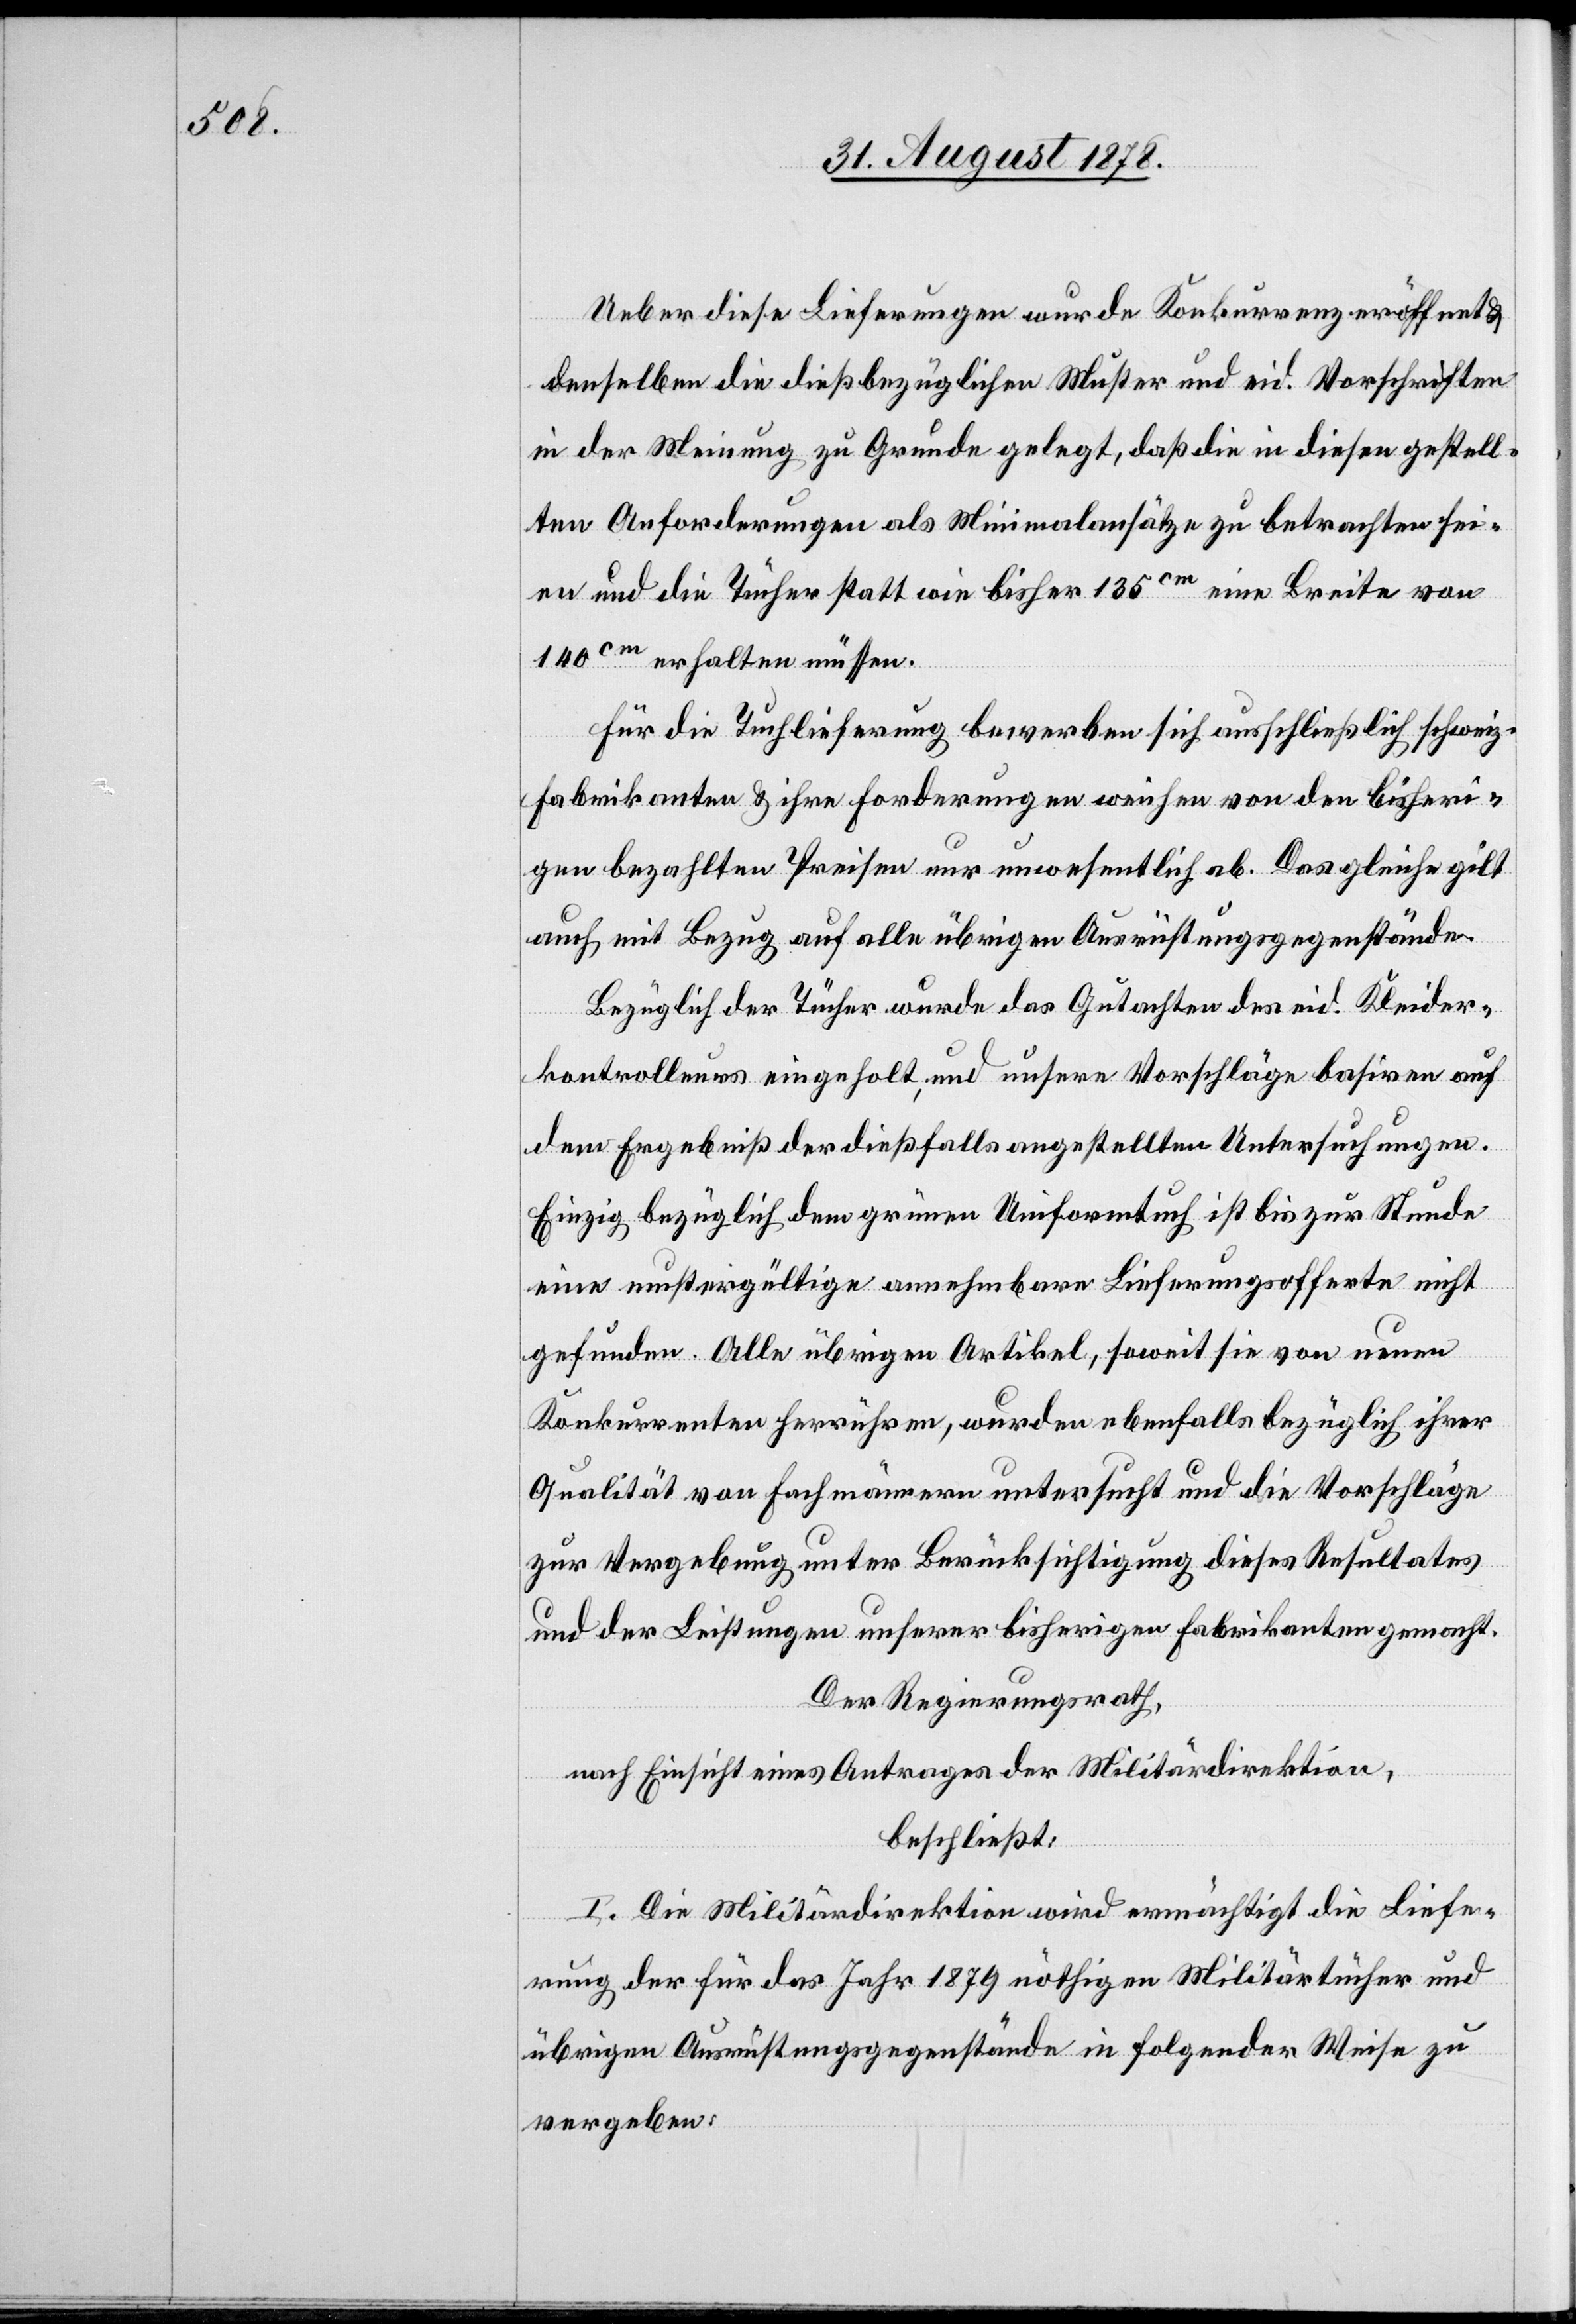
Ueber diese Lieferungen wurde Konkurrenz eröffnet
denselben die dießbezüglichen Muster und eid. Vorschriften
in der Meinung zu Grunde gelegt, daß die in diesen gestell¬
ten Anforderungen als Minimalansätze zu betrachten sei¬
en und die Tücher statt wie bisher 135cm eine Breite von
140cm erhalten müssen.
Für die Tuchlieferung bewerben sich ausschließlich schweiz.
Fabrikanten & ihre Forderungen weichen von den bisheri¬
gen bezahlten Preisen nur unwesentlich ab. Das gleiche gilt
auch, mit Bezug auf alle übrigen Ausrüstungsgegenstände.
Bezüglich der Tücher wurde das Gutachten des eid. Kleider¬
kontrolleurs eingeholt, und unsere Vorschläge basiren auf
dem Ergebniß der dießfalls angestellten Untersuchungen.
Einzig bezüglich dem grünen Uniformtuch ist bis zur Stunde
eine mustergültige annehmbare Lieferungsofferte nicht
gefunden. Alle übrigen Artikel, soweit sie von neuen
Konkurrenten herrühren, wurden ebenfalls bezüglich ihrer
Qualität von Fachmännern untersucht und die Vorschläge
zur Vergebung unter Berücksichtigung dieses Resultates
und der Leistungen unserer bisherigen Fabrikanten gemacht.
Der Regierungsrath,
nach Einsicht eines Antrages der Militärdirektion,
beschließt:
I. Die Militärdirektion wird ermächtigt die Liefe¬
rung der für das Jahr 1879 nöthigen Militärtücher und
übrigen Ausrüstungsgegenstände in folgender Weise zu
vergeben: